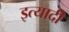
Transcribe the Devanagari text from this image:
इत्यादी